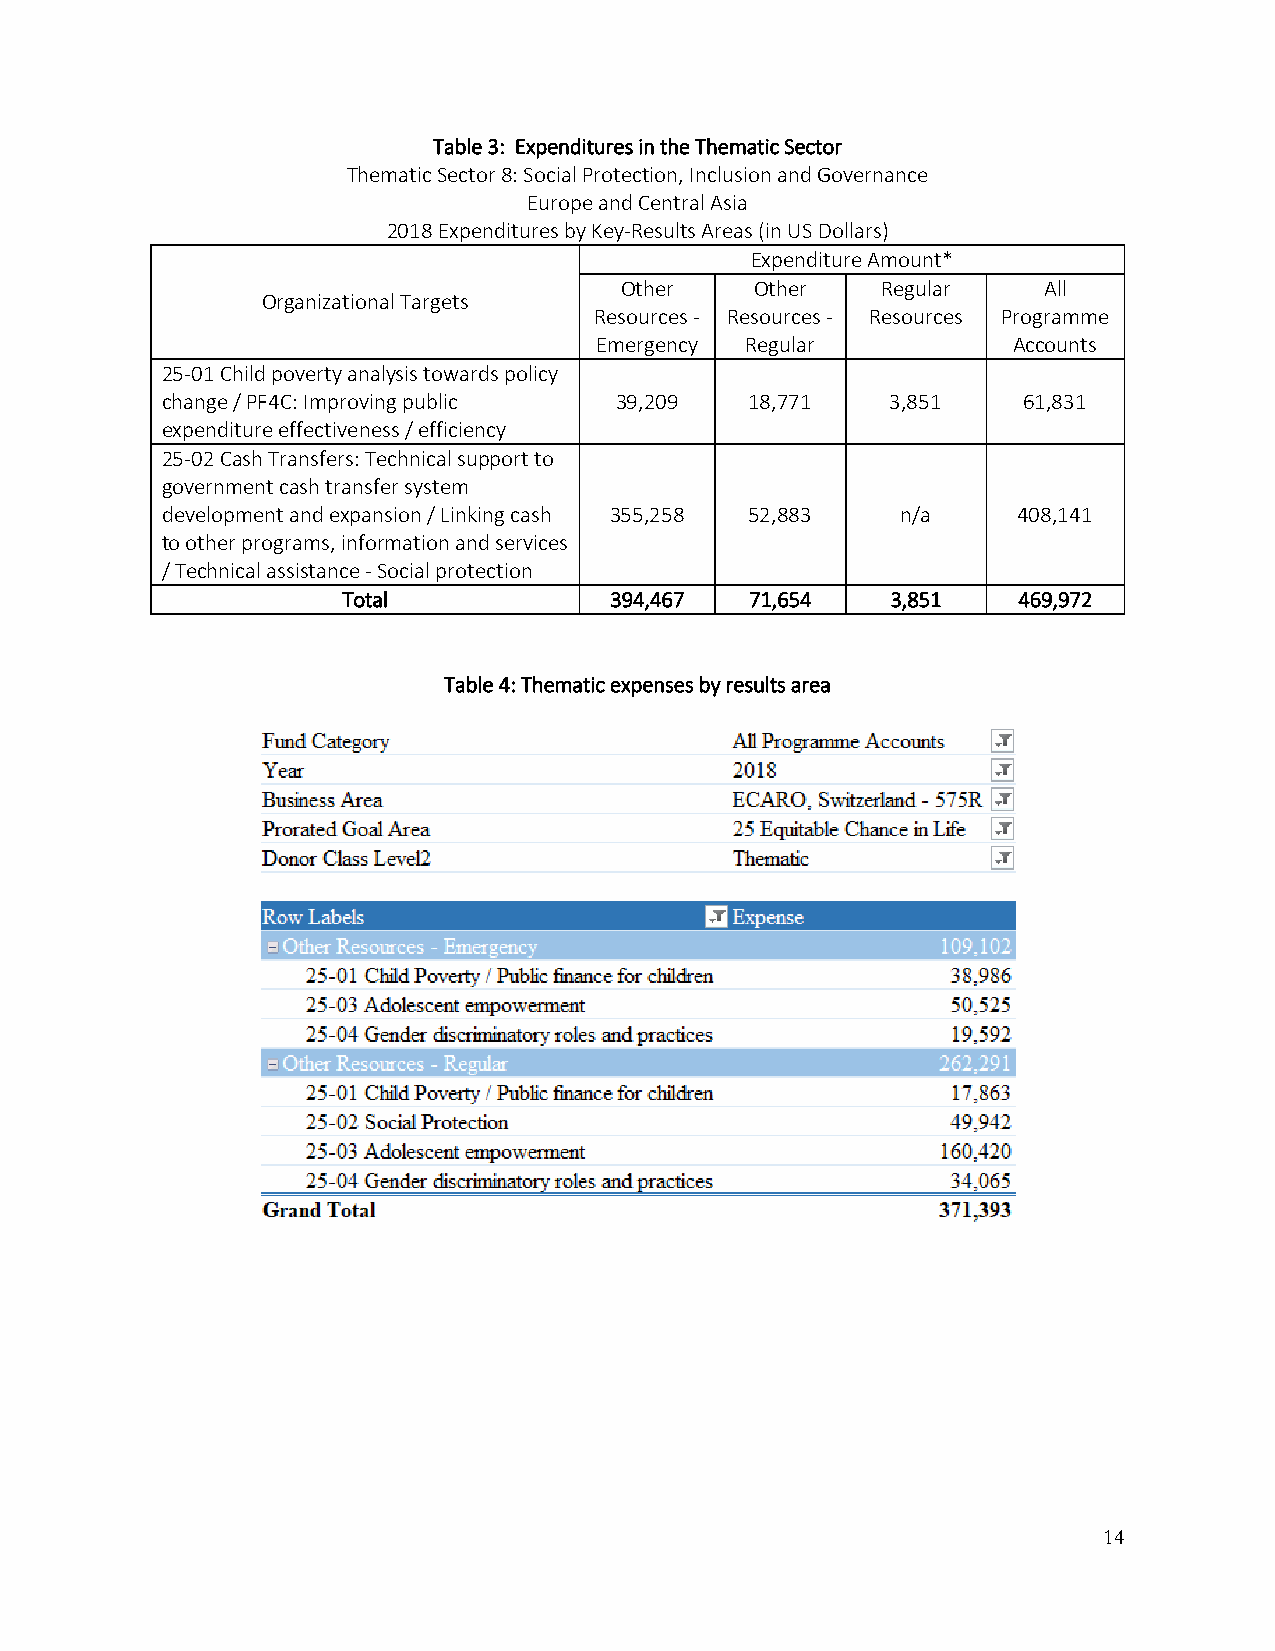
Table 3: Expenditures in the Thematic Sector
 Thematic Sector 8: Social Protection, Inclusion and Governance
 Europe and Central Asia
 2018 Expenditures by Key‐Results Areas (in US Dollars)
 Expenditure Amount*
 Other    Other   Regular    All
 Organizational Targets
 Resources ‐ Resources ‐ Resources Programme
 Emergency Regular           Accounts
 25‐01 Child poverty analysis towards policy
 change / PF4C: Improving public 39,209 18,771   3,851    61,831
 expenditure effectiveness / efficiency
 25‐02 Cash Transfers: Technical support to
 government cash transfer system
 development and expansion / Linking cash 355,258 52,883 n/a 408,141
 to other programs, information and services
 / Technical assistance ‐ Social protection
 Total            394,467   71,654   3,851   469,972
 Table 4: Thematic expenses by results area
 14